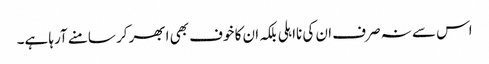
اس سے نہ صرف ان کی نااہلی بلکہ ان کا خوف بھی ابھر کر سامنے آرہا ہے۔